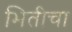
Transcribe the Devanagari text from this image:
भितीचा